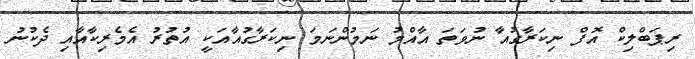
ރިޕަބްލިކް އޮފް ނިކަރާގުއާ ނުވަތަ އާއްމު ނަމުންނަމަ ނިކަރާގުއާއަކީ އުތުރު އެމެރިކާއާއި ދެކުނު